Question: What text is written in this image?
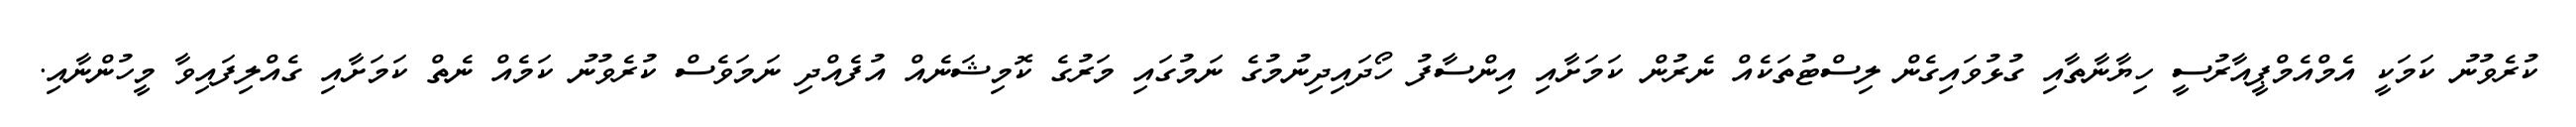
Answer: ކުރެވުނު ކަމަކީ އެމްއެމްޕީއާރުސީ ހިޔާނާތާއި ގުޅުވައިގެން ލިސްޓުތަކެއް ނެރުން ކަމަށާއި އިންސާފު ހޯދައިދިނުމުގެ ނަމުގައި މަރުގެ ކޮމިޝަނެއް އުފެއްދި ނަމަވެސް ކުރެވުނު ކަމެއް ނެތް ކަމަށާއި ގެއްލިފައިވާ މީހުންނާއި.